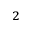
^ 2